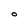
Character: O